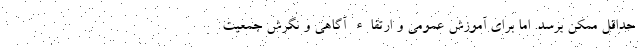
حداقل ممکن برسد. اما برای آموزش عمومی و ارتقاء آگاهی و نگرش جمعیت